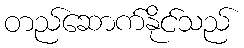
တည်ဆောက်နိုင်သည်